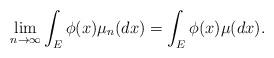
LaTeX: \begin{align*}\lim_{n \to \infty} \int_E \phi(x) \mu_n(dx) = \int_E \phi(x) \mu(dx).\end{align*}